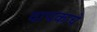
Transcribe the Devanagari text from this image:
वाचकाचे